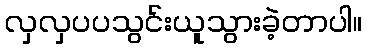
လှလှပပသွင်းယူသွားခဲ့တာပါ။